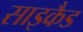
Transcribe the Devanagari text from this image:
साइकैड